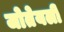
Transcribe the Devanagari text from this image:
जोतेयली